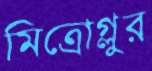
মিত্রোগ্লুর